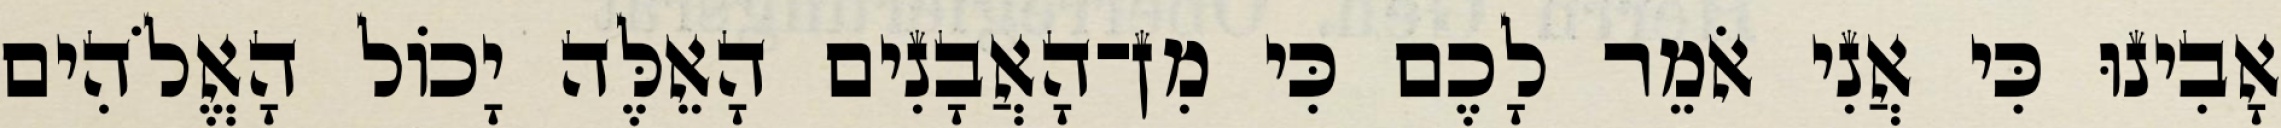
אָבִינוּ כִּי אֲנִי אֹמֵר לָכֶם כִּי מִן־הָאֲבָנִים הָאֵלֶּה יָכוֹל הָאֱלֹהִים